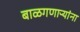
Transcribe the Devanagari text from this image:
बाळगणाऱ्यांना